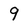
Character: 9